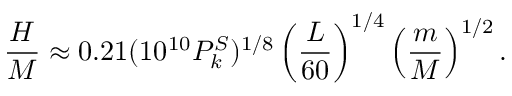
{ \frac { H } { M } } \approx 0 . 2 1 ( 1 0 ^ { 1 0 } P _ { k } ^ { S } ) ^ { 1 / 8 } \left( { \frac { L } { 6 0 } } \right) ^ { 1 / 4 } \left( { \frac { m } { M } } \right) ^ { 1 / 2 } .